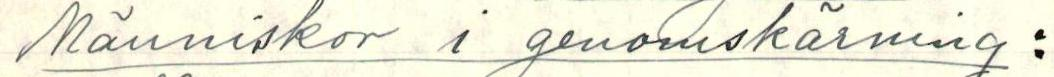
Människor i genomskärning: